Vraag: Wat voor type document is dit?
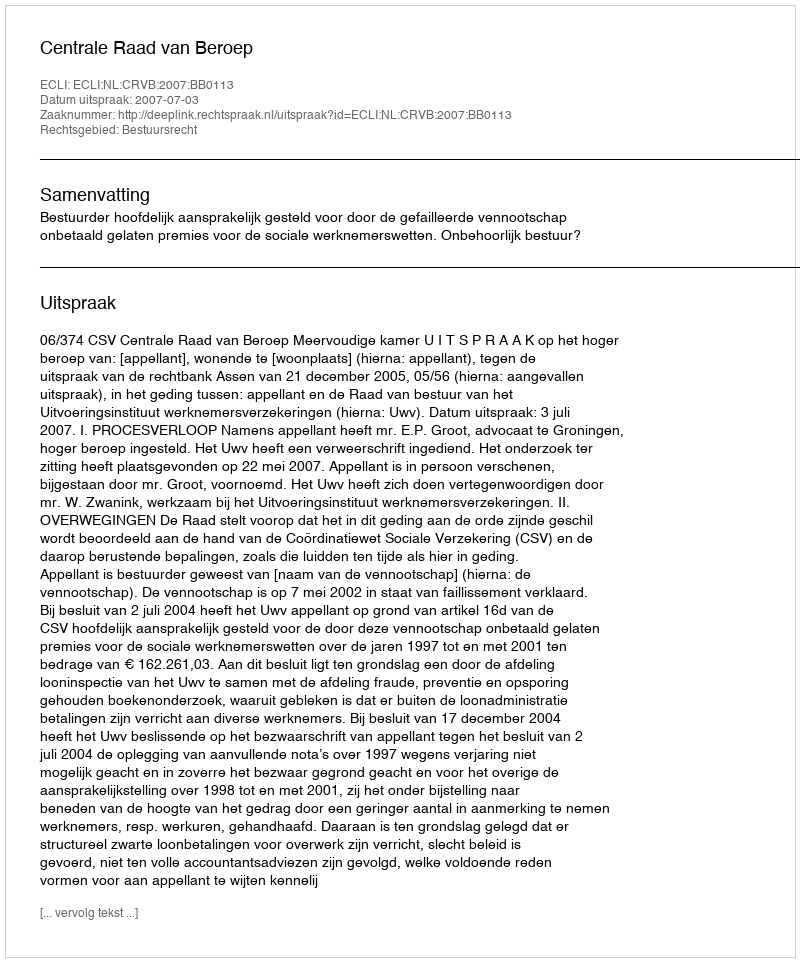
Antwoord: Uitspraak